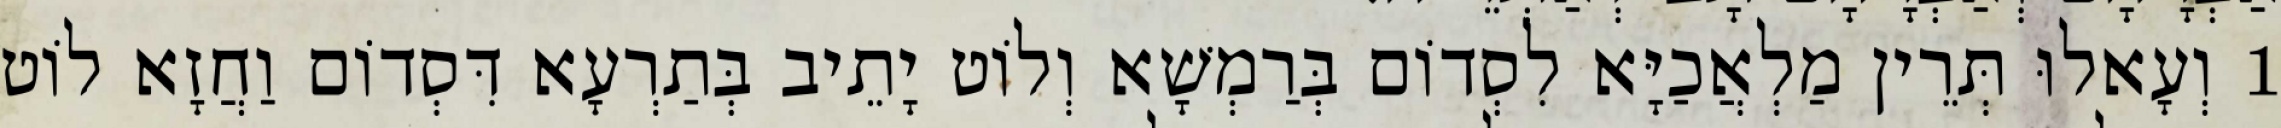
1 וְעָאלוּ תְּרֵין מַלְאֲכַיָּא לִסְדוֹם בְּרַמְשָׁא וְלוֹט יָתֵיב בְּתַרְעָא דִּסְדוֹם וַחֲזָא לוֹט